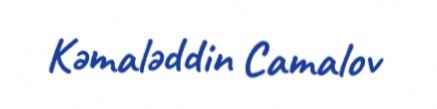
Kəmaləddin Camalov